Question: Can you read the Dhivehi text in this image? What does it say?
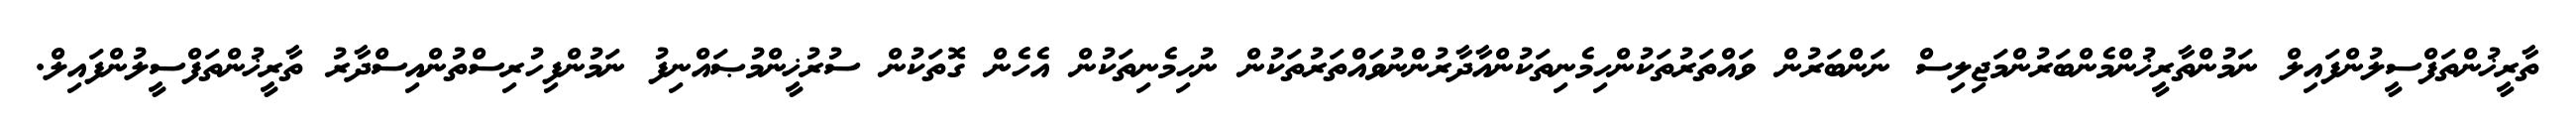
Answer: ތާރީޚުންތަފްސީލުންފައިލް ނަމުންތާރީޚުންމެންބަރުންމަޖިލިސް ނަންބަރުން ވައްތަރުތަކުންހިމެނިތަކުންއާދާރުންނުވައްތަރުތަކުން ނުހިމެނިތަކުން އެހެން ގޮތަކުން ސުރުޚީންމުޞައްނިފު ނަމުންފިހުރިސްތުންއިސްދާރު ތާރީޚުންތަފްސީލުންފައިލް.